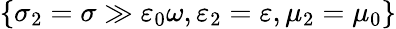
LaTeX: \{ \sigma_{2}=\sigma\gg\varepsilon_{0}\omega,\varepsilon_{2}=\varepsilon,\mu_{2}=\mu_{0}\}